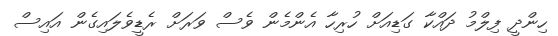
ހިންދީ ފިލްމު ދައްކާ ގަޑިއަށް ހުރިހާ އެންމެން ވެސް ވަރަށް ރެޑީވެލައިގެން އައިސް